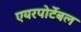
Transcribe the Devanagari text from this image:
एयरपोर्टेबल